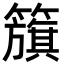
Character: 籏